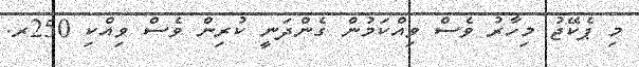
މި ޕެކޭޖު މިހާރު ވެސް ވިއްކަމުން ގެންދަނީ ކުރިން ވެސް ވިއްކި 250ރ.